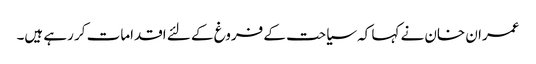
عمران خان نے کہا کہ سیاحت کے فروغ کے لئے اقدامات کر رہے ہیں۔